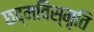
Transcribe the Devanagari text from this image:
छद्मविस्मृति